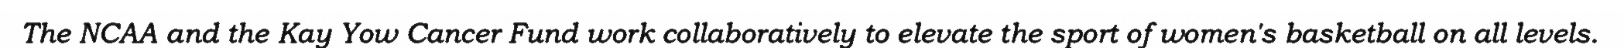
The NCAA and the Kay Yow Cancer Fund work collaboratively to elevate the sport of women's basketball on all levels.